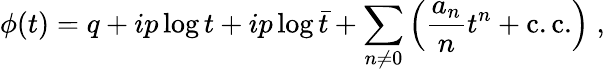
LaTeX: \phi(t)=q+ip\log{t}+ip\log{\bar{t}}+\sum_{n\neq 0}\left(\frac{a_{n}}{n}t^{n}+\mathrm{c.c.}\right)\; ,